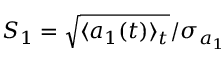
S _ { 1 } = \sqrt { \langle a _ { 1 } ( t ) \rangle _ { t } } / \sigma _ { a _ { 1 } }